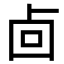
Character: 㔽